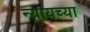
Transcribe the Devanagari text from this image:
न्यायच्या